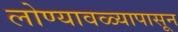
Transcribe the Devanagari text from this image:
लोण्यावळ्यापासून